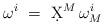
LaTeX: \begin{align*}\omega^i\ =\ \d X^M \, \omega_M^i\end{align*}